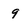
Character: 9